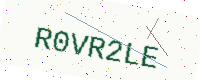
Text: R0VR2LE